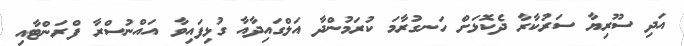
އަދި ސޫރިޔާ ސަރުކާރާ ދެކޮޅަށް ހަނގުރާމަ ކުރަމުންދާ އަލްގައިދާއާ ގުޅިފައިވާ އައްނުސްރާ ފްރަންޓާއި